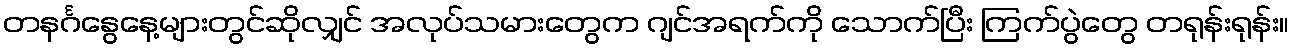
တနင်္ဂနွေနေ့များတွင်ဆိုလျှင် အလုပ်သမားတွေက ဂျင်အရက်ကို သောက်ပြီး ကြက်ပွဲတွေ တရုန်းရုန်း။